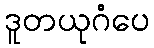
ဒူတယုဂံပေ